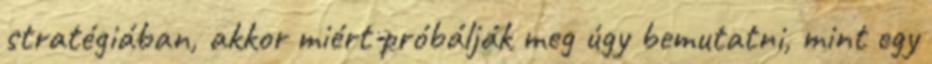
stratégiában, akkor miért próbálják meg úgy bemutatni, mint egy